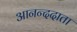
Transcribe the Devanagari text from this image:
आनन्ददाता